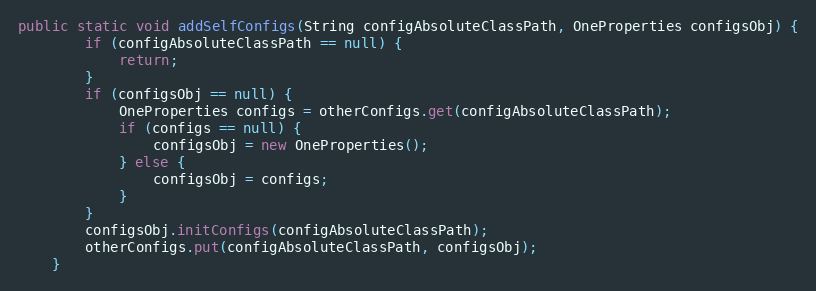
Language: Java
public static void addSelfConfigs(String configAbsoluteClassPath, OneProperties configsObj) {
        if (configAbsoluteClassPath == null) {
            return;
        }
        if (configsObj == null) {
            OneProperties configs = otherConfigs.get(configAbsoluteClassPath);
            if (configs == null) {
                configsObj = new OneProperties();
            } else {
                configsObj = configs;
            }
        }
        configsObj.initConfigs(configAbsoluteClassPath);
        otherConfigs.put(configAbsoluteClassPath, configsObj);
    }